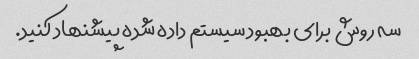
سه روش برای بهبود سیستم داده شده پیشنهاد کنید.